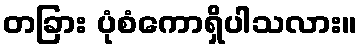
တခြား ပုံစံကောရှိပါသလား။